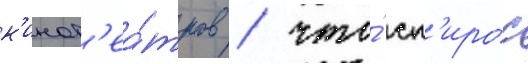
к'инот'еа́тров / что́ сп'ирос